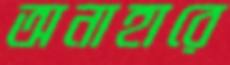
অনাহারে